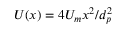
U ( x ) = 4 U _ { m } x ^ { 2 } / d _ { p } ^ { 2 }